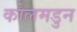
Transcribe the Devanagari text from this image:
कोलमडुन